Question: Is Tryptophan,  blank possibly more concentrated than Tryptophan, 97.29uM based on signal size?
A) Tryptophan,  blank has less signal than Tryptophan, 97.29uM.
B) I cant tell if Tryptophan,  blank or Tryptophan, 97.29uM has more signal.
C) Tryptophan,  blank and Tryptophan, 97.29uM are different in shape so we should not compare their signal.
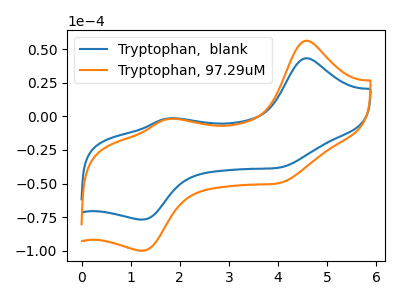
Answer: <think>The blue curve "Tryptophan,  blank" has anodic peaks at (4.55V, 43.25uA) (1.75V, -1.50uA) and cathodic peaks at (4.05V, -37.90uA) (1.20V, -76.80uA). The orange curve "Tryptophan, 97.29uM" has anodic peaks at (4.55V, 56.30uA) (1.75V, -1.95uA) and cathodic peaks at (4.05V, -49.30uA) (1.20V, -99.95uA).
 All the peaks in "Tryptophan,  blank" have a peak in "Tryptophan, 97.29uM" at the same potential.</think>
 <answer>B) I cant tell if "Tryptophan,  blank" or "Tryptophan, 97.29uM" has more signal.</answer>
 <eval>B</eval>